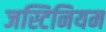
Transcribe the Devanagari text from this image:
जस्टिनियम